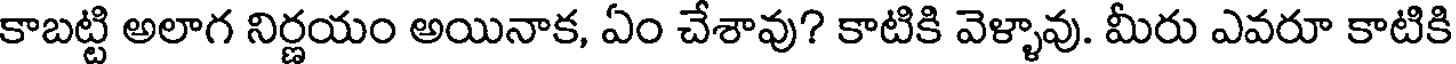
కాబట్టి అలాగ నిర్ణయం అయినాక, ఏం చేశావు? కాటికి వెళ్ళావు. మీరు ఎవరూ కాటికి